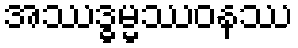
အဿဒ္ဓမ္မဿဝနဿ